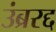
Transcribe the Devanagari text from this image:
उंब्ररद्द